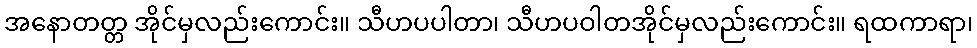
အနောတတ္တ အိုင်မှလည်းကောင်း။ သီဟပပါတာ၊ သီဟပဝါတအိုင်မှလည်းကောင်း။ ရထကာရာ၊